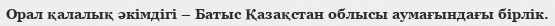
Орал қалалық әкімдігі – Батыс Қазақстан облысы аумағындағы бірлік.